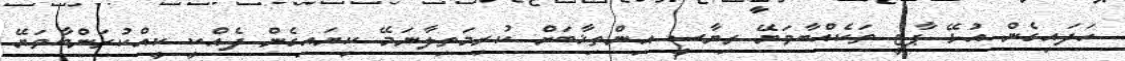
ހަދައިގެން އުޅޭ ޕާޓީ ތަކެއްބާވަޔޭ ރިޔާސީ އިންތިޚާބަށް ކުރިމަތިލާނަމޭ ކިޔައިގެން ދެއްކީ ކީއްކުރަންބާވަޔޭ